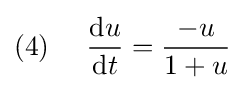
(4)~~~~{\frac {\mathrm {d} u}{\mathrm {d} t}}={\frac {-u}{1+u}}